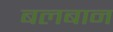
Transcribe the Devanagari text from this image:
बलबान